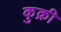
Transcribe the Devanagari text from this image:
कुक्री